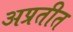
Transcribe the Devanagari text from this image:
अप्रतीत